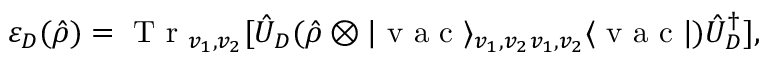
\varepsilon _ { D } ( \hat { \rho } ) = \mathrm { ~ T ~ r ~ } _ { v _ { 1 } , v _ { 2 } } [ \hat { U } _ { D } ( \hat { \rho } \otimes | \mathrm { ~ v ~ a ~ c ~ } \rangle _ { v _ { 1 } , v _ { 2 } } { } _ { v _ { 1 } , v _ { 2 } } \langle \mathrm { ~ v ~ a ~ c ~ } | ) \hat { U } _ { D } ^ { \dagger } ] ,